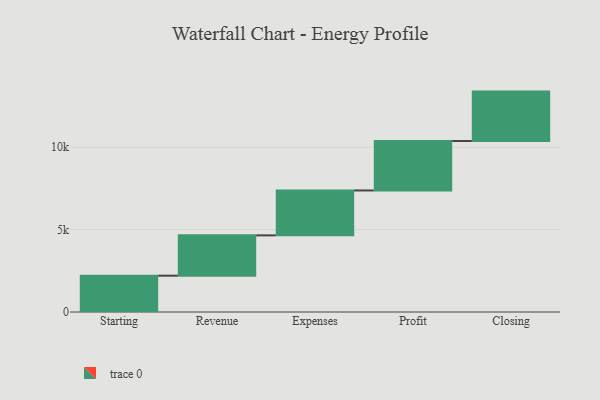
{"axis": {"x": "Step", "y": "Value"}, "legend": [""], "data": [{"x": "Starting", "y": 2203.0, "type": ""}, {"x": "Revenue", "y": 2448.0, "type": ""}, {"x": "Expenses", "y": 2726.0, "type": ""}, {"x": "Profit", "y": 3000, "type": ""}, {"x": "Closing", "y": 3000, "type": ""}]}